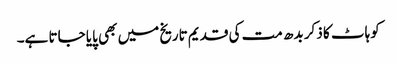
کوہاٹ کا ذکر بدھ مت کی قدیم تاریخ میں بھی پایا جاتا ہے۔